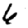
Digit: 6